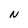
Character: N